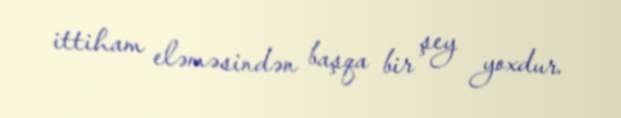
ittiham eləməsindən başqa bir şey yoxdur.